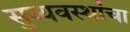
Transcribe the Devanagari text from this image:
सुव्यवस्थांचा